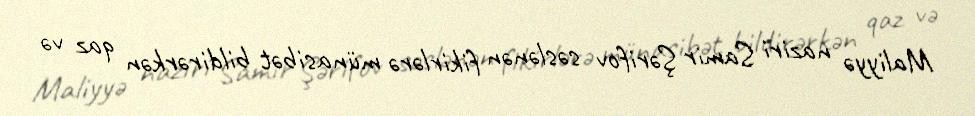
Maliyyə naziri Samir Şərifov səslənən fikirlərə münasibət bildirərkən qaz və